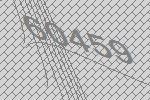
60459